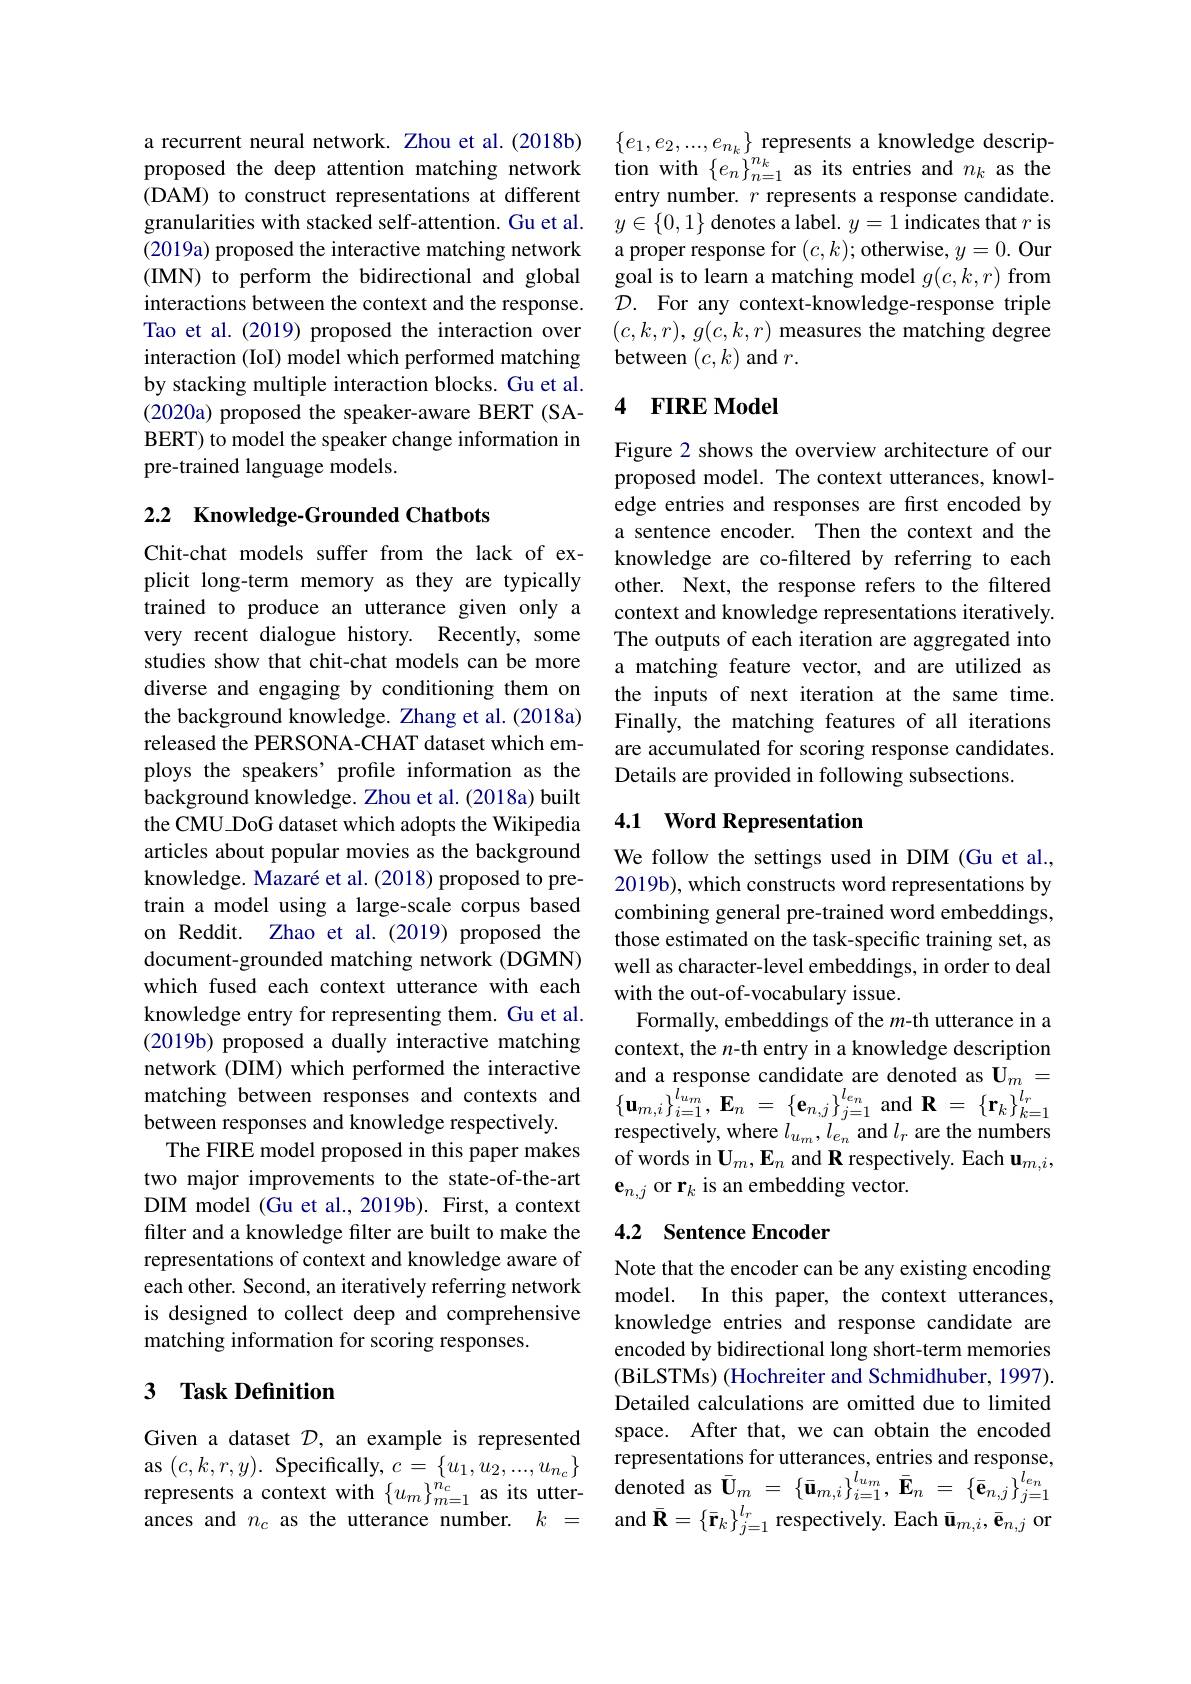
a recurrent neural network. Zhou et al.(2018b) proposed the deep attention matching network (DAM) to construct representations at different granularities with stacked self-attention. Gu et al. (2019a) proposed the interactive matching network (IMN) to perform the bidirectional and global interactions between the context and the response. Tao et al. (2019) proposed the interaction over interaction (IoI) model which performed matching by stacking multiple interaction blocks. Gu et al. (2020a) proposed the speaker-aware BERT (SABERT) to model the speaker change information in pre-trained language models.

## 2.2 Knowledge-Grounded Chatbots

Chit-chat models suffer from the lack of explicit long-term memory as they are typically trained to produce an utterance given only a very recent dialogue history. Recently, some studies show that chit-chat models can be more diverse and engaging by conditioning them on the background knowledge. Zhang et al. (2018a) released the PERSONA-CHAT dataset which employs the speakers' profile information as the background knowledge. Zhou et al. (2018a) built the CMU\_DoG dataset which adopts the Wikipedia articles about popular movies as the background knowledge. Mazaré et al. (2018) proposed to pretrain a model using a large-scale corpus based on Reddit. Zhao et al.(2019) proposed the document-grounded matching network (DGMN) which fused each context utterance with each knowledge entry for representing them. Gu et al. (2019b) proposed a dually interactive matching network (DIM) which performed the interactive
The FIRE model proposed in this paper makes two major improvements to the state-of-the-art DIM model (Gu et al., 2019b). First, a context filter and a knowledge filter are built to make the representations of context and knowledge aware of each other. Second, an iteratively referring network is designed to collect deep and comprehensive matching information for scoring responses.

## 3 Task Definition

Given a dataset $\mathcal{D}$, an example is represented as $(c,k,r,y).$ Specifically, $c=\{u_1,u_2,...,u_{n_c}\}$ ances and $n_c$ as the utterance number.$k=$

$\{e_1,e_2,...,e_{n_k}\}$ represents a knowledge description with $\{e_{n}\}_{n=1}^{n_{k}}$ as its entries and $n_{k}$ as the entry number. $r$ represents a response candidate $y\in\{0,1\}$ denotes a label. $y=1$ indicates that $r$ is a proper response for $(c,k);$ otherwise, $y=0.$ Our goal is to learn a matching model $g(c,k,r)$ from $\mathcal{D}.$ For any context-knowledge-response triple $(c,k,r),g(c,k,r)$ measures the matching degree between $(c,k)$ and $r.$

### 4 FIRE Model

Figure 2 shows the overview architecture of our proposed model. The context utterances, knowledge entries and responses are first encoded by a sentence encoder. Then the context and the knowledge are co-filtered by referring to each other. Next, the response refers to the filtered context and knowledge representations iteratively. The outputs of each iteration are aggregated into a matching feature vector, and are utilized as the inputs of next iteration at the same time. Finally, the matching features of all iterations are accumulated for scoring response candidates. Details are provided in following subsections.

## 4.1 Word Representation

We follow the settings used in DIM (Gu et al., 2019b), which constructs word representations by combining general pre-trained word embeddings, those estimated on the task-specific training set, as well as character-level embeddings, in order to deal with the out-of-vocabulary issue.
Formally, embeddings of the $m$-th utterance in a context, the $n$-th entry in a knowledge description respectively, where $l_{u_{m}},l_{e_{n}}$ and $l_{r}$ are the numbers of words in $\mathbf{U}_m,\mathbf{E}_n$ and R respectively. Each $\mathbf{u}_m,i$, $\textbf{e}_{n,j}$ or r$_k$ is an embedding vector.

## 4.2 Sentence Encoder

Note that the encoder can be any existing encoding model. In this paper, the context utterances, knowledge entries and response candidate are encoded by bidirectional long short-term memories (BiLSTMs) (Hochreiter and Schmidhuber, 1997). Detailed calculations are omitted due to limited space. After that, we can obtain the encoded representations for utterances, entries and response,
$\begin{array}{lll}{\mathrm{as~}(c,k,r,y).\:\mathrm{Specifically},c=\{u_{1},u_{2},...,u_{n_{c}}\}}&{\text{cprescitanons or utciances,cincs anu csponse,}}\\{\mathrm{represents~a~context~with~}\{u_{m}\}_{m=1}^{n_{c}}\:\mathrm{as~its~utter-~denoted~as~}\bar{\mathbf{U}}_{m}=\{\bar{\mathbf{u}}_{m,i}\}_{i=1}^{l_{u_{m}}},\bar{\mathbf{E}}_{n}=\{\bar{}}\end{array}$
and $\bar{\mathbf{R}}=\left\{\bar{\mathbf{r}}_{k}\right\}_{j=1}^{l_{r}}$ respectively. Each $\bar{\mathbf{u}}_{m,i},\bar{\mathbf{e}}_{n,j}$ or